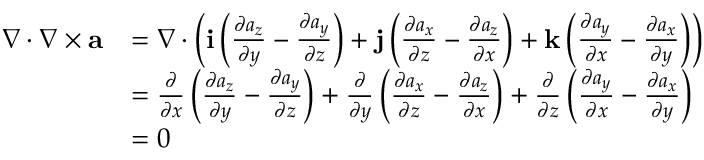
\begin{array} { r l } { \nabla \cdot \nabla \times { \mathbf a } } & { = \nabla \cdot \left( { \mathbf i } \left( \frac { \partial a _ { z } } { \partial y } - \frac { \partial a _ { y } } { \partial z } \right) + { \mathbf j } \left( \frac { \partial a _ { x } } { \partial z } - \frac { \partial a _ { z } } { \partial x } \right) + { \mathbf k } \left( \frac { \partial a _ { y } } { \partial x } - \frac { \partial a _ { x } } { \partial y } \right) \right) } \\ & { = \frac { \partial } { \partial x } \left( \frac { \partial a _ { z } } { \partial y } - \frac { \partial a _ { y } } { \partial z } \right) + \frac { \partial } { \partial y } \left( \frac { \partial a _ { x } } { \partial z } - \frac { \partial a _ { z } } { \partial x } \right) + \frac { \partial } { \partial z } \left( \frac { \partial a _ { y } } { \partial x } - \frac { \partial a _ { x } } { \partial y } \right) } \\ & { = 0 } \end{array}